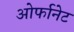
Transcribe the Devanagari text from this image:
ओर्फानेट